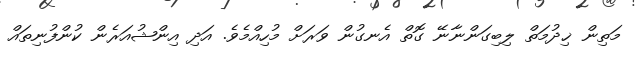
މަތިން ޚިދުމަތް ލިބިގަންނާނޭ ގޮތް އެނގުން ވަރަށް މުހިއްމެވެ. އަދި އިންޝުއަރެން ކުންފުނިތައް